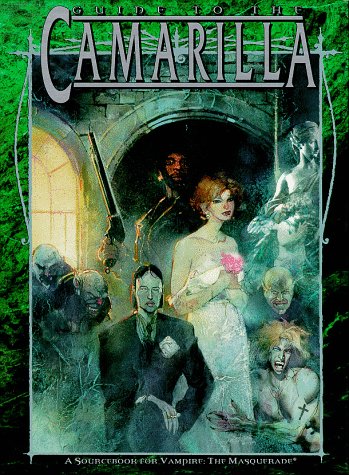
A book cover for Guide to the Camarilla (Vampire, the Masquerade); Richard Dansky; Science Fiction & Fantasy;